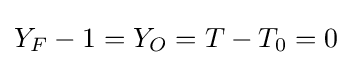
Y_{F}-1=Y_{O}=T-T_{0}=0